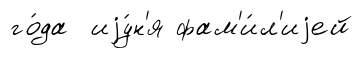
го́да иjу́н'я фам'и́л'иjей